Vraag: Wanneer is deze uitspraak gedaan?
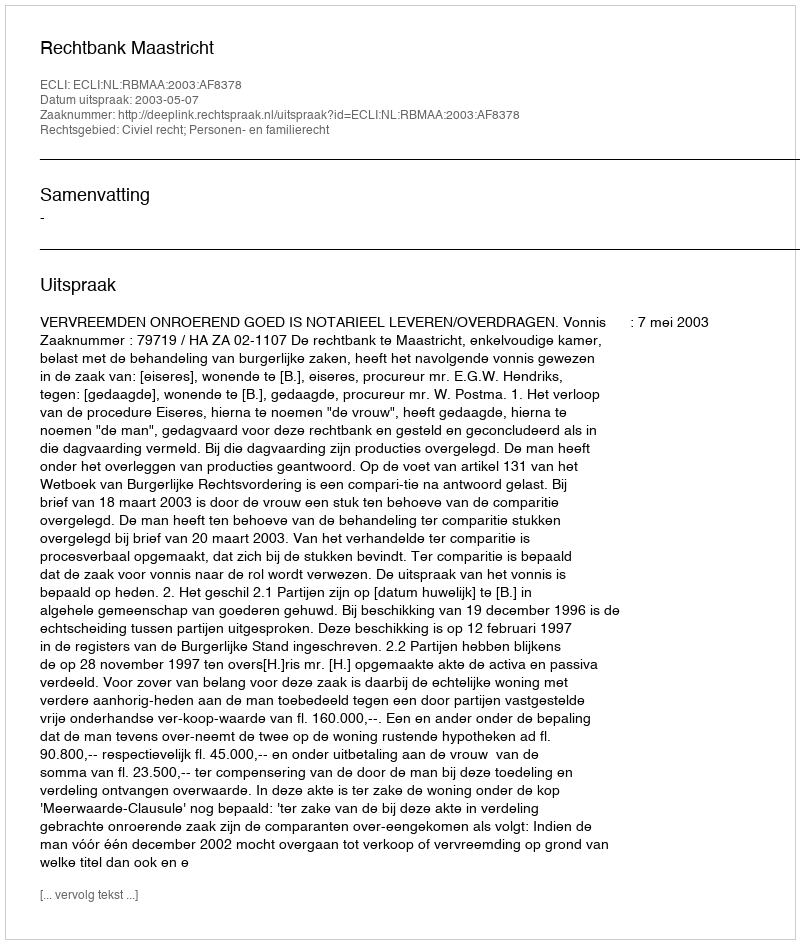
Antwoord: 2003-05-07